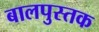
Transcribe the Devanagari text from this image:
बालपुस्तक